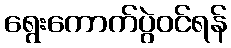
ရွေးကောက်ပွဲဝင်ရန်